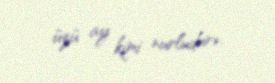
üzü ay kimi nurludur».